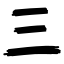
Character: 三